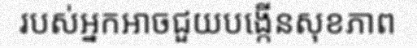
របស់អ្នកអាចជួយបង្កើនសុខភាព